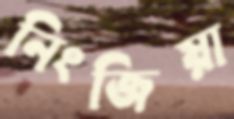
নিংজিয়া